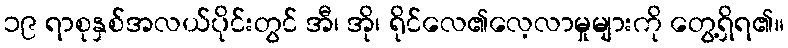
၁၉ ရာစုနှစ်အလယ်ပိုင်းတွင် အီ၊ အို၊ ရိုင်လေ၏လေ့လာမှုများကို တွေ့ရှိရ၏။